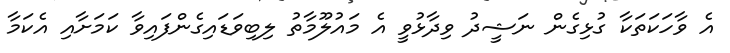
އެ ވާހަކަތަކާ ގުޅިގެން ނަޝީދު ވިދާޅުވީ އެ މައުލޫމާތު ލިބިވަޑައިގެންފައިވާ ކަމަށާއި އެކަމާ